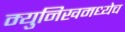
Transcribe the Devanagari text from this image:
म्युनिखमध्येच